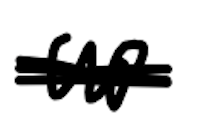
Text: up
Cross-out: scratch
Writing tool: digital_black